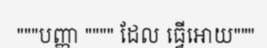
"""បញ្ញា """" ដែល ធ្វើអោយ"""